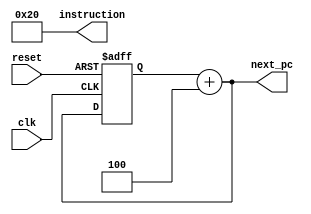
module IF_Stage(
    input clk, reset,
    output reg [31:0] instruction,
    output reg [31:0] next_pc
);
    reg [31:0] pc;

    always @(posedge clk or posedge reset) begin
        if (reset) begin
            pc <= 32'h00000000; // Start address
        end else begin
            pc <= pc + 4; // Increment PC
        end
    end

    always @(*) begin
        // Assuming instruction memory here is just a placeholder
        instruction = {6'b000000, 5'b00000, 5'b00000, 5'b00000, 5'b00000, 6'b100000}; // NOP (example)
        next_pc = pc + 4;
    end
endmodule